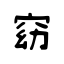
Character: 窈